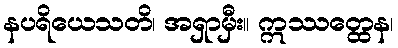
နပရိယေသတိ၊ အရှာမှီး။ ဣဿတ္ထေန၊